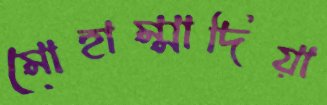
মোহাম্মাদিয়া